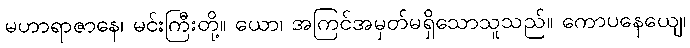
မဟာရာဇာနေ၊ မင်းကြီးတို့။ ယော၊ အကြင်အမှတ်မရှိသောသူသည်။ ကောပနေယျေ၊